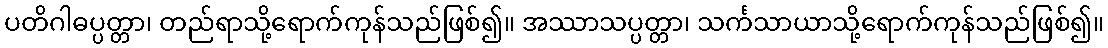
ပတိဂါဓပ္ပတ္တာ၊ တည်ရာသို့ရောက်ကုန်သည်ဖြစ်၍။ အဿာသပ္ပတ္တာ၊ သင်္ကသာယာသို့ရောက်ကုန်သည်ဖြစ်၍။